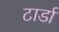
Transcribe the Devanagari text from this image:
टार्डा